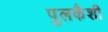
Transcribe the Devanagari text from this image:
पुलकैशी